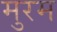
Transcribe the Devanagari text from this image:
मुरम